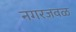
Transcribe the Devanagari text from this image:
नगरजवळ